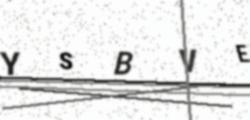
Text: YSBVE